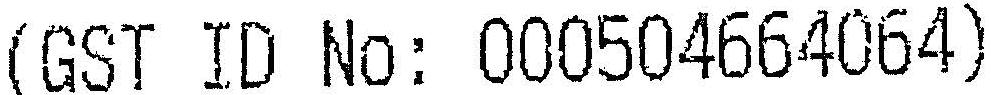
(GST ID NO: 000504664064)